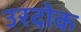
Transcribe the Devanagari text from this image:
उरदोक